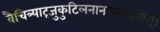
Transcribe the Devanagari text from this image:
वैचित्र्यादृजुकुटिलनानापथजुषाम्।